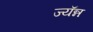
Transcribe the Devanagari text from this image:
ज्यॅन्न